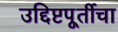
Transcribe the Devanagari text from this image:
उद्दिष्टपूर्तीचा